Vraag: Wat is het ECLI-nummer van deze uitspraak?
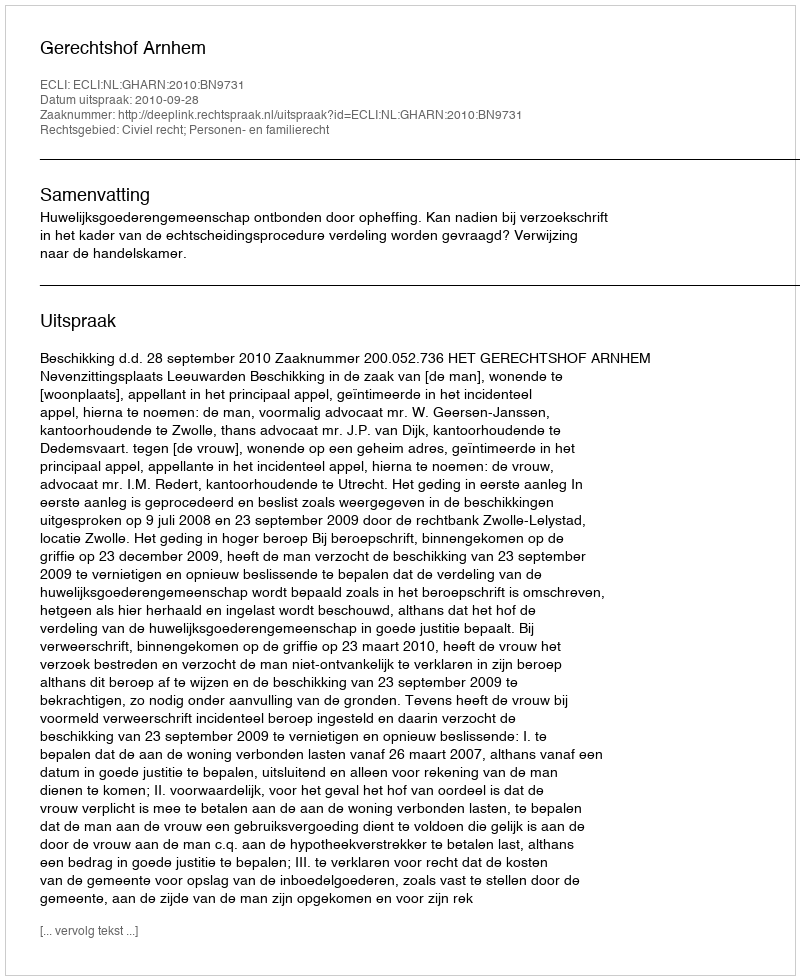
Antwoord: ECLI:NL:GHARN:2010:BN9731